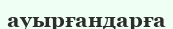
ауырғандарға